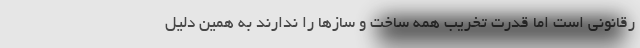
رقانونی است اما قدرت تخریب همه ساخت و سازها را ندارند به همین دلیل